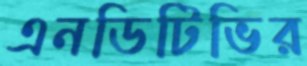
এনডিটিভির